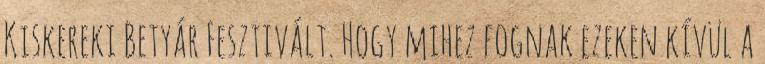
Kiskereki Betyár Fesztivált. Hogy mihez fognak ezeken kívül a